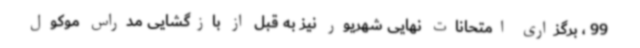
99 ، برگزاری امتحانات نهایی شهریور نیز به قبل از بازگشایی مدراس موکول